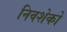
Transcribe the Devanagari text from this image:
निवशेकों